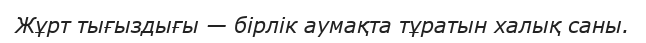
Жұрт тығыздығы — бірлік аумақта тұратын халық саны.